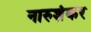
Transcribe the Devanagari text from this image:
नारुशंकर